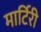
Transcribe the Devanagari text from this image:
मार्टिरी